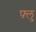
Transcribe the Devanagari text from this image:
फ़्लु